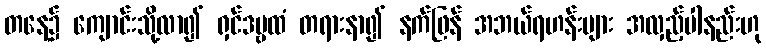
တနေ့၌ ကျောင်းသို့လာ၍ ရှင်ဒဗ္ဗထံ တရားနာ၍ နက်ဖြန် အဘယ်ရဟန်းများ အလှည့်ပါနည်းဟု